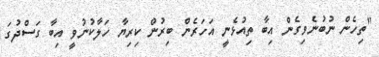
"ތިހެން ނުބުނެވިގެން އިބާ ތިއުޅެނީ އަހަރެން ބިރުން ކިރިޔާ ހަލާކުނުވީ އިބާ ގަސްދުގަ